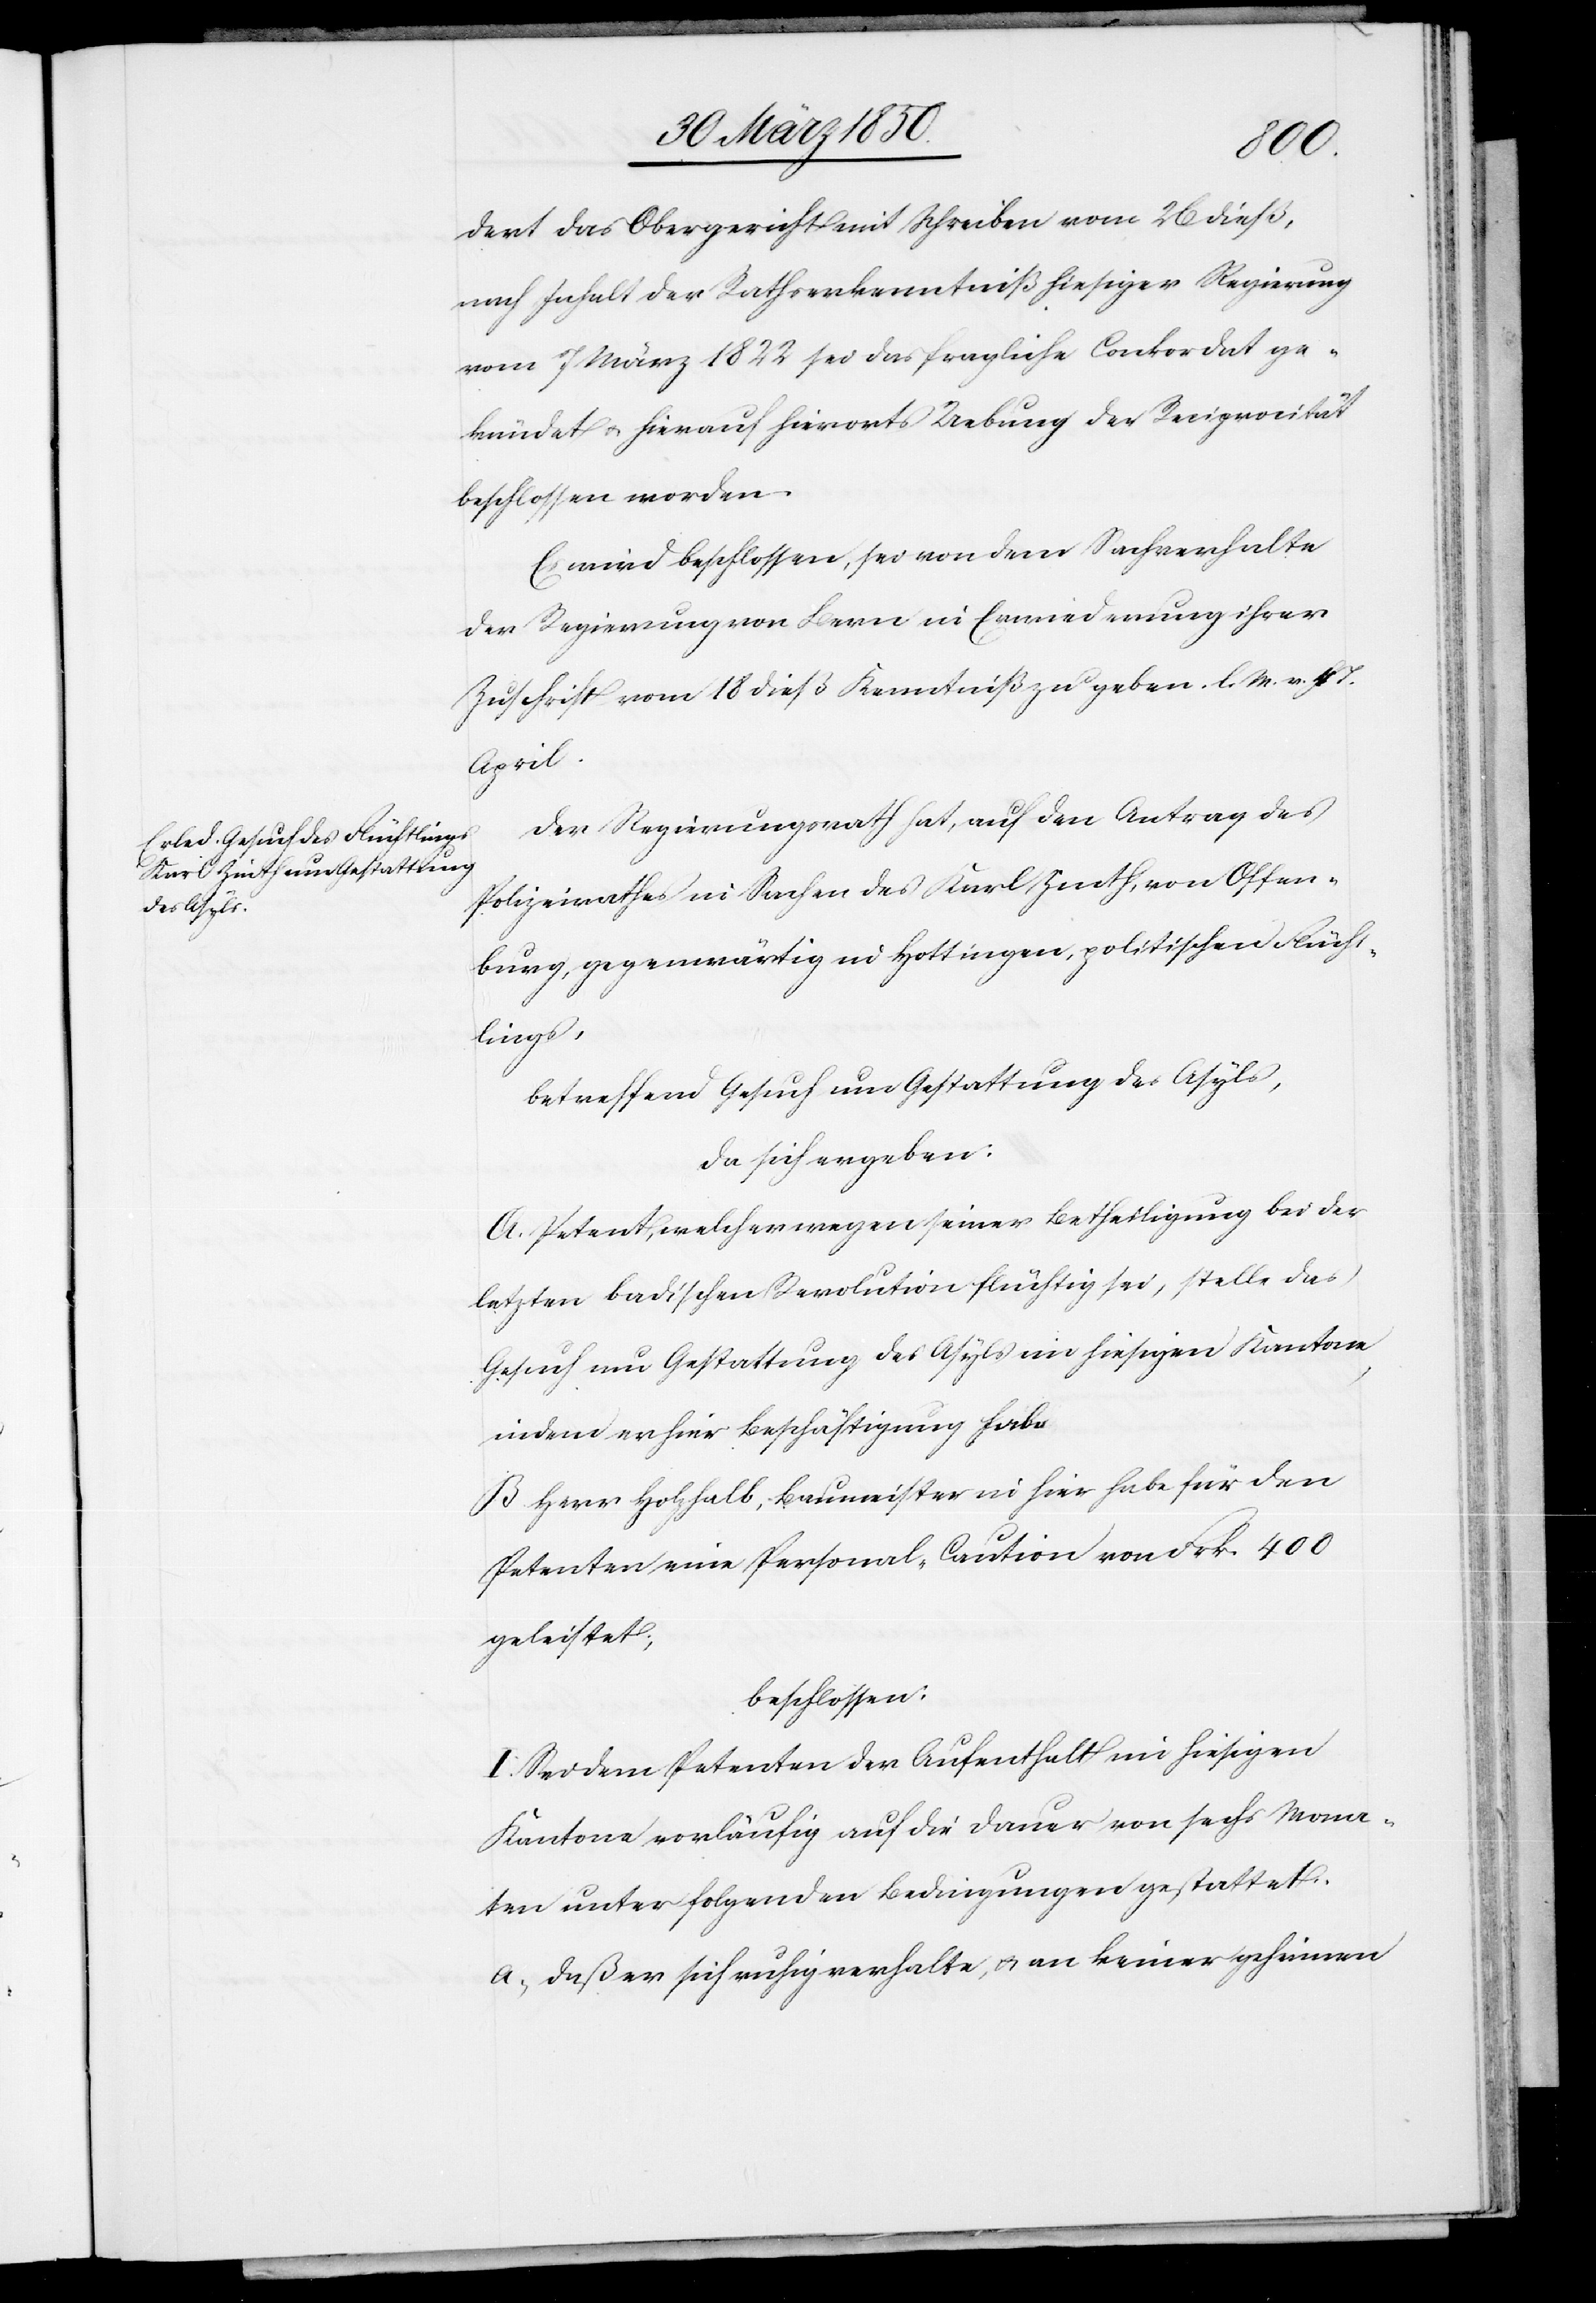
dert das Obergericht mit Schreiben vom 26 dieß,
nach Inhalt der Rathserkenntniß hiesiger Regierung
vom 7 März 1822 sei das fragliche Conkordat ge¬
kündet u. hierauf hierorts Uebung der Reciprocität
beschlossen worden:
Es wird beschlossen, sei von dem Sachverhalte
der Regierung von Bern in Erwiederung ihrer
Zuschrift vom 18 dieß Kenntniß zu geben. l. M. v. 4 T.
April
Der Regierungsrath hat, auf den Antrag des
Polizeirathes in Sachen des Karl Zinth, von Offen¬
burg, gegenwärtig in Hottingen, politischen Flücht¬
lings,
betreffend Gesuch um Gestattung des Asyls,
da sich ergeben:
A. Petent, welcher wegen seiner Betheiligung bei der
letzten badischen Revolution flüchtig sei, stelle das
Gesuch um Gestattung des Asyls im hiesigen Kantone,
indem er hier Beschäftigung habe.
B. Herr Holzhalb, Baumeister in hier habe für den
Petenten eine Personal-Caution von Frk. 400
geleistet;
beschlossen:
I. Seid dem Petenten der Aufenthalt im hiesigen
Kantone vorläufig auf die Dauer von sechs Mona¬
ten unter folgenden Bedingungen gestattet.
a. Daß er sich ruhig erhalte, u. an keiner geheimen